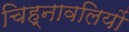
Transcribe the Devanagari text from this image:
चिह्नावलियों